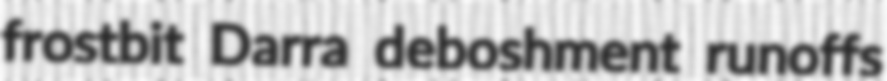
frostbit Darra deboshment runoffs